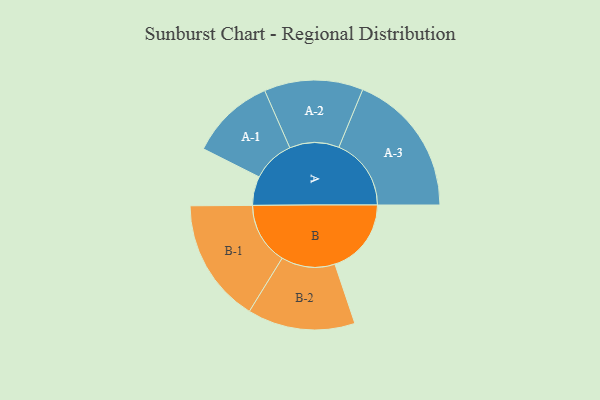
{"axis": {"x": "Segment", "y": "Value"}, "legend": ["", "A", "B"], "data": [{"x": "A", "y": 113, "type": ""}, {"x": "B", "y": 298, "type": ""}, {"x": "A-1", "y": 165, "type": "A"}, {"x": "A-2", "y": 193, "type": "A"}, {"x": "A-3", "y": 282, "type": "A"}, {"x": "B-1", "y": 242, "type": "B"}, {"x": "B-2", "y": 210, "type": "B"}]}